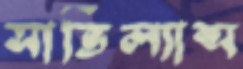
সার্ভিল্যান্স